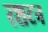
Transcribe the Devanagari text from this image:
रशटन